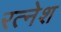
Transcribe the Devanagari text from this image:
रत्‍नेश